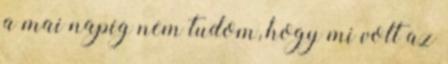
a mai napig nem tudom, hogy mi volt az